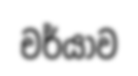
චර්යාව